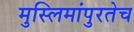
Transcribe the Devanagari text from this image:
मुस्लिमांपुरतेच